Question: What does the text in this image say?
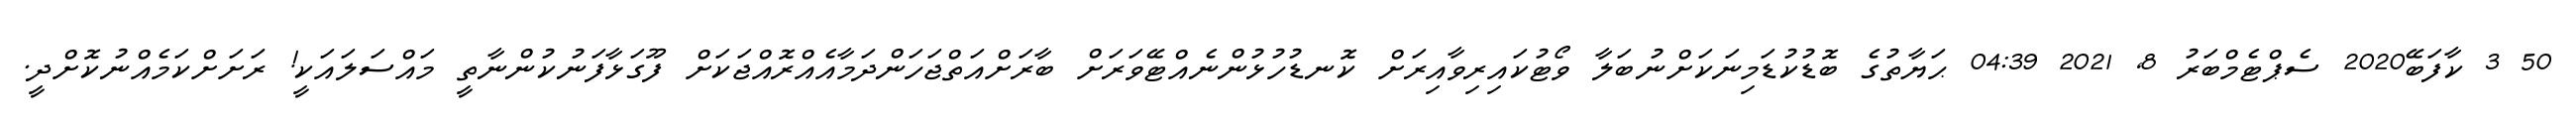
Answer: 50 3 ކާފަބޭ2020 ސެޕްޓެމްބަރު 8, 2021 04:39 ޙަޔާތުގެ ބޮޑުކުޑަމިނަކަށްނުބަލާ ވޯޓުކައިރިވާއިރަށް ކޮނޑުހުޅުންނެއްޓޭވަރަށް ބާރަށްއަތްޖަހަންދަމާއެއްރޮއްޖަކަށް ފޫގަޅާފަނުކުންނާތީ މައްސަލައަކީ! ރަށަށްކަމެއްނުކޮށްދީ.